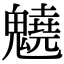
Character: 䰫